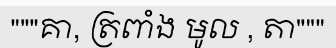
"""គា, ត្រពាំង មូល , តា"""